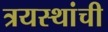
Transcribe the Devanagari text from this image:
त्रयस्थांची